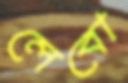
লেবো